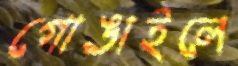
গোঙাইলে